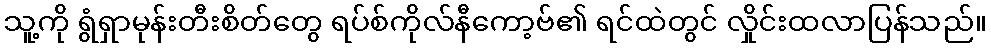
သူ့ကို ရွံရှာမုန်းတီးစိတ်တွေ ရပ်စ်ကိုလ်နီကော့ဗ်၏ ရင်ထဲတွင် လှိုင်းထလာပြန်သည်။